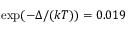
\exp ( - \Delta / ( k T ) ) = 0 . 0 1 9